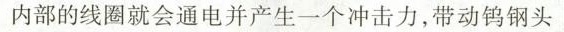
内部的线圈就会通电并产生一个冲击力，带动钨钢头